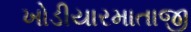
ખોડીયારમાતાજી